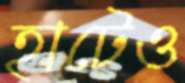
হাটেও